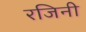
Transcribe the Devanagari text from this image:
रजिनी